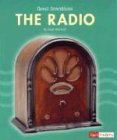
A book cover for The Radio (Great Inventions); Gayle Worland; Children's Books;